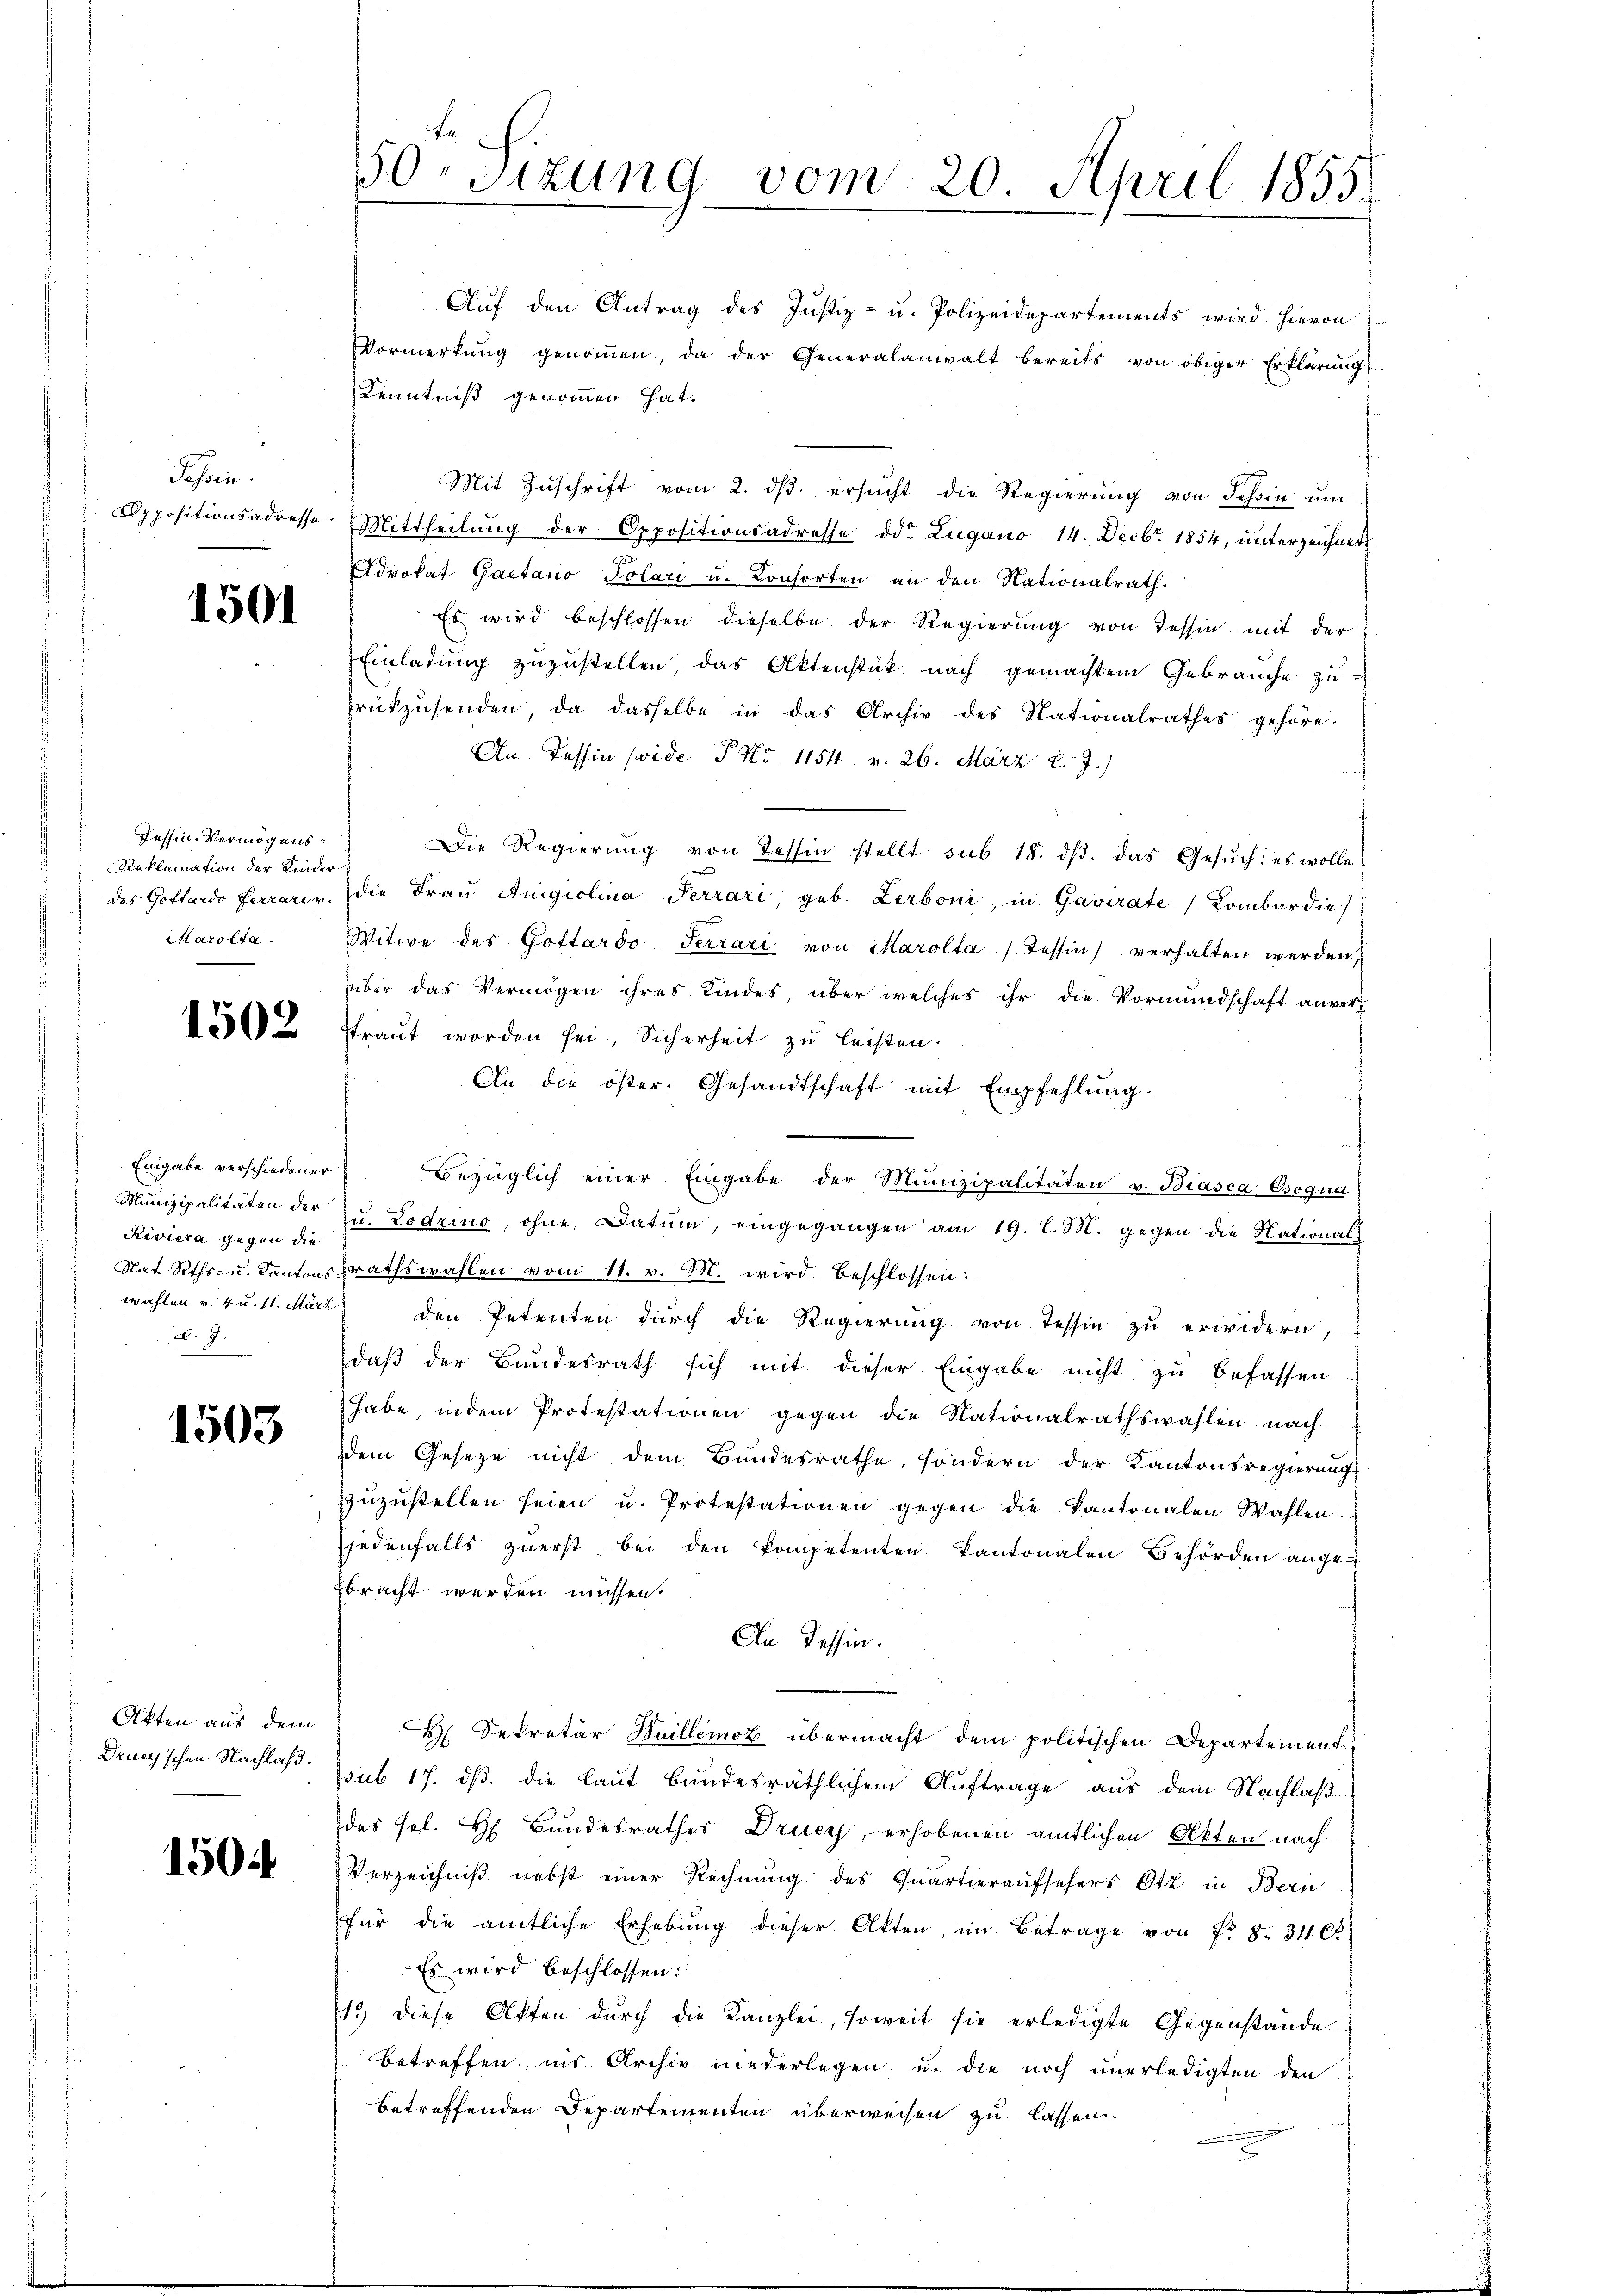
Jahren.

1501

Tessin-Vermögens¬
Reklamation der Kinder
Marotta.

1502

Eingabe verschiedener
Riviera gegen die
A. 7.

1503

Okten aus dem
Druny'schen Nachlaß.

1504

Fe
50. Sitzung vom 20. April 1855.

Aŭf den Antrag des Justiz- u. Polizeidepartements wird hieron
Vormerkŭng genoṁen, da der Generalanwalt bereits von obiger Erklärŭng
Kenntniß genommen hat.
Mit Zuschrift vom 2. ds. ersucht die Regierung von Schein um
Oppositionsadresse. Mittheilŭng der Oppositionsadresse od. Lugano 14. Decbr. 1854, ŭnterzeichnet
Advokat Gaetano Polari u. Konsorten an den Nationalrath.
Es wird beschlossen dieselbe der Regierung von Tessin mit der
Einladung zuzustellen, das Aktenstük nach gemachtem Gebrauche zu
rückzŭsenden, da dasselbe in das Archiv des Nationalrathes gehöre.
An Tessin seide P. Nr. 1154. v. 26. März l. J.)
Die Regierŭng von Tessin stellt sub 18. dβ. das Gesŭch: es wolle
des Gottardo Ferrariv. die Fraŭ Angiolina Perrari, geb. Lerboni, in Gavirate Lombardie)
Witwe des Gottardo Terrari von Marolta (Tessin verhalten werden,
über das Vermögen ihres Kindes, über welches ihr die Vormundschaft anver-
straut worden sei, Sicherheit zu leisten.
An die öster. Gesandtschaft mit Empfehlŭng.
Bezüglich einer Eingabe der Munizipalitäten v. Biasca Osogud
Munizipalitäten der zu Lodrino, ohne Datum, eingegangen am 19. l. M. gegen die National¬
Nat Siths- u. Kantonsrathswahlen vom 11. v. M. wird, beschlossen:
wählen v. u. 11. März den Petenten dŭrch die Regierŭng von Tessin zŭ erwidern,
daß der Bundesrath sich mit dieser Eingabe nicht zu befassen
habe, indem Protestationen gegen die Nationalrathswahlen nach
dem Geseze nicht dem Bundesrathe, sondern der Kantonsregierung
zŭzŭstellen seien u. Protestationen gegen die Kantonalen Wahlen.
jedenfalls zuerst bei den kompetenten kantonalen Behörden ange-
bracht werden müssen.
An Tessin.
H Sekretär Huillemob übermacht dem politischen Departement
ssub 17. ds. die laut bundesräthlichem Auftrage aus dem Nachlaß
des sel. H Bundesrathes Drucy, - erhobenen amtlichen Akten nach
Verzeichniß nebst einer Rechnung des Quartieraufsehers Ott in Bern
für die amtliche Erhebŭng dieser Akten, im Betrage von Fr. 8. 34 Ct.
Es wird beschlossen:
13) diese Akten durch die Kanzlei, soweit sie erledigte Gegenstände
betreffen, ins Archiv niederlegen u. die noch unerledigten den
betreffenden Departementen überweisen zu lassen.